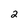
Character: 2